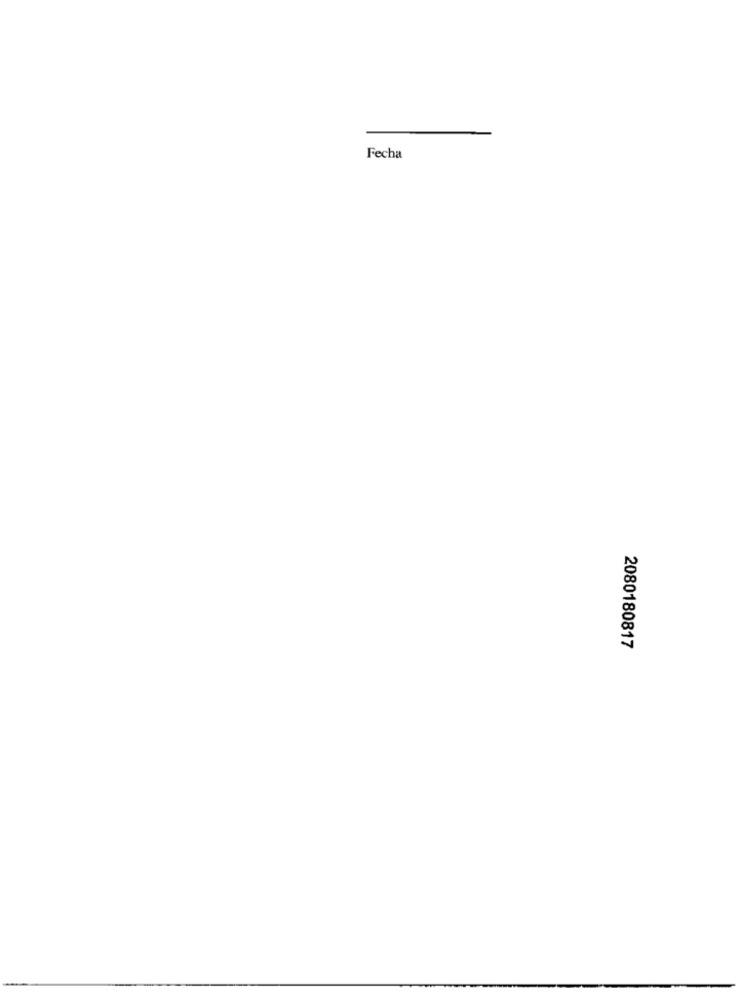
Fecha
2080180817